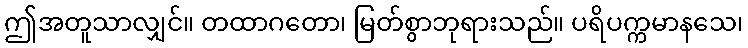
ဤအတူသာလျှင်။ တထာဂတော၊ မြတ်စွာဘုရားသည်။ ပရိပက္ကမာနသေ၊